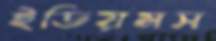
ইডিয়মস